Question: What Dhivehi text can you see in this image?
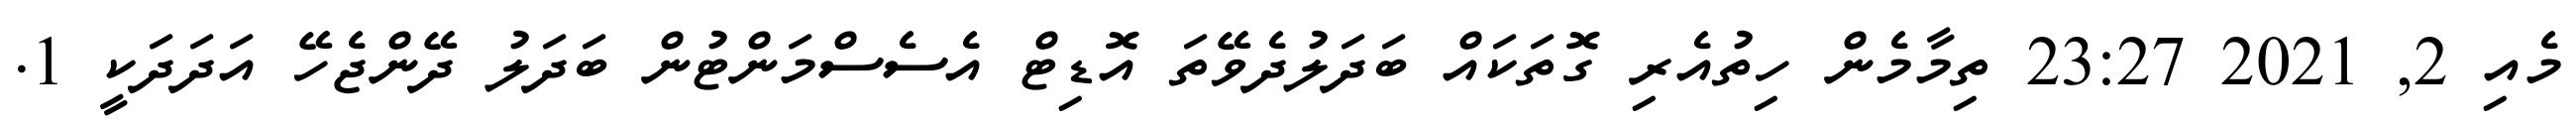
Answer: މެއި 2, 2021 23:27 ތިމާމެން ހިތުއެރި ގޮތަކައް ބަދަލުދެވޭތަ އޮޑިޓް އެސެސްމަންޓުން ބަދަލު ދޭންޖެހޭ އަދަދަކީ 1.